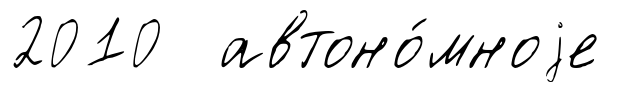
2010 автоно́мноjе